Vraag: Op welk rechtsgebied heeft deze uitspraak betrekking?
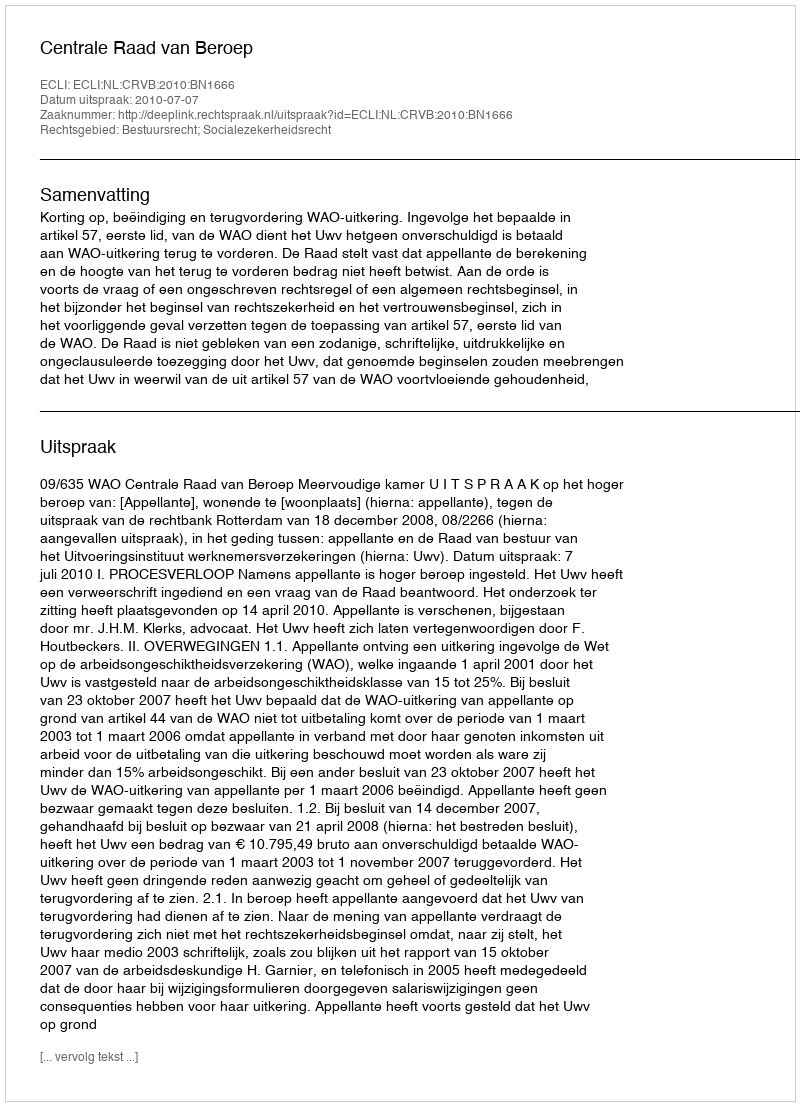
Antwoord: Bestuursrecht; Socialezekerheidsrecht